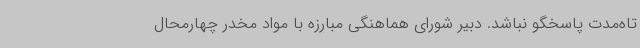
تاه‌مدت پاسخگو نباشد. دبیر شورای هماهنگی مبارزه با مواد مخدر چهارمحال